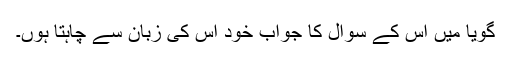
گویا میں اس کے سوال کا جواب خود اس کی زبان سے چاہتا ہُوں۔